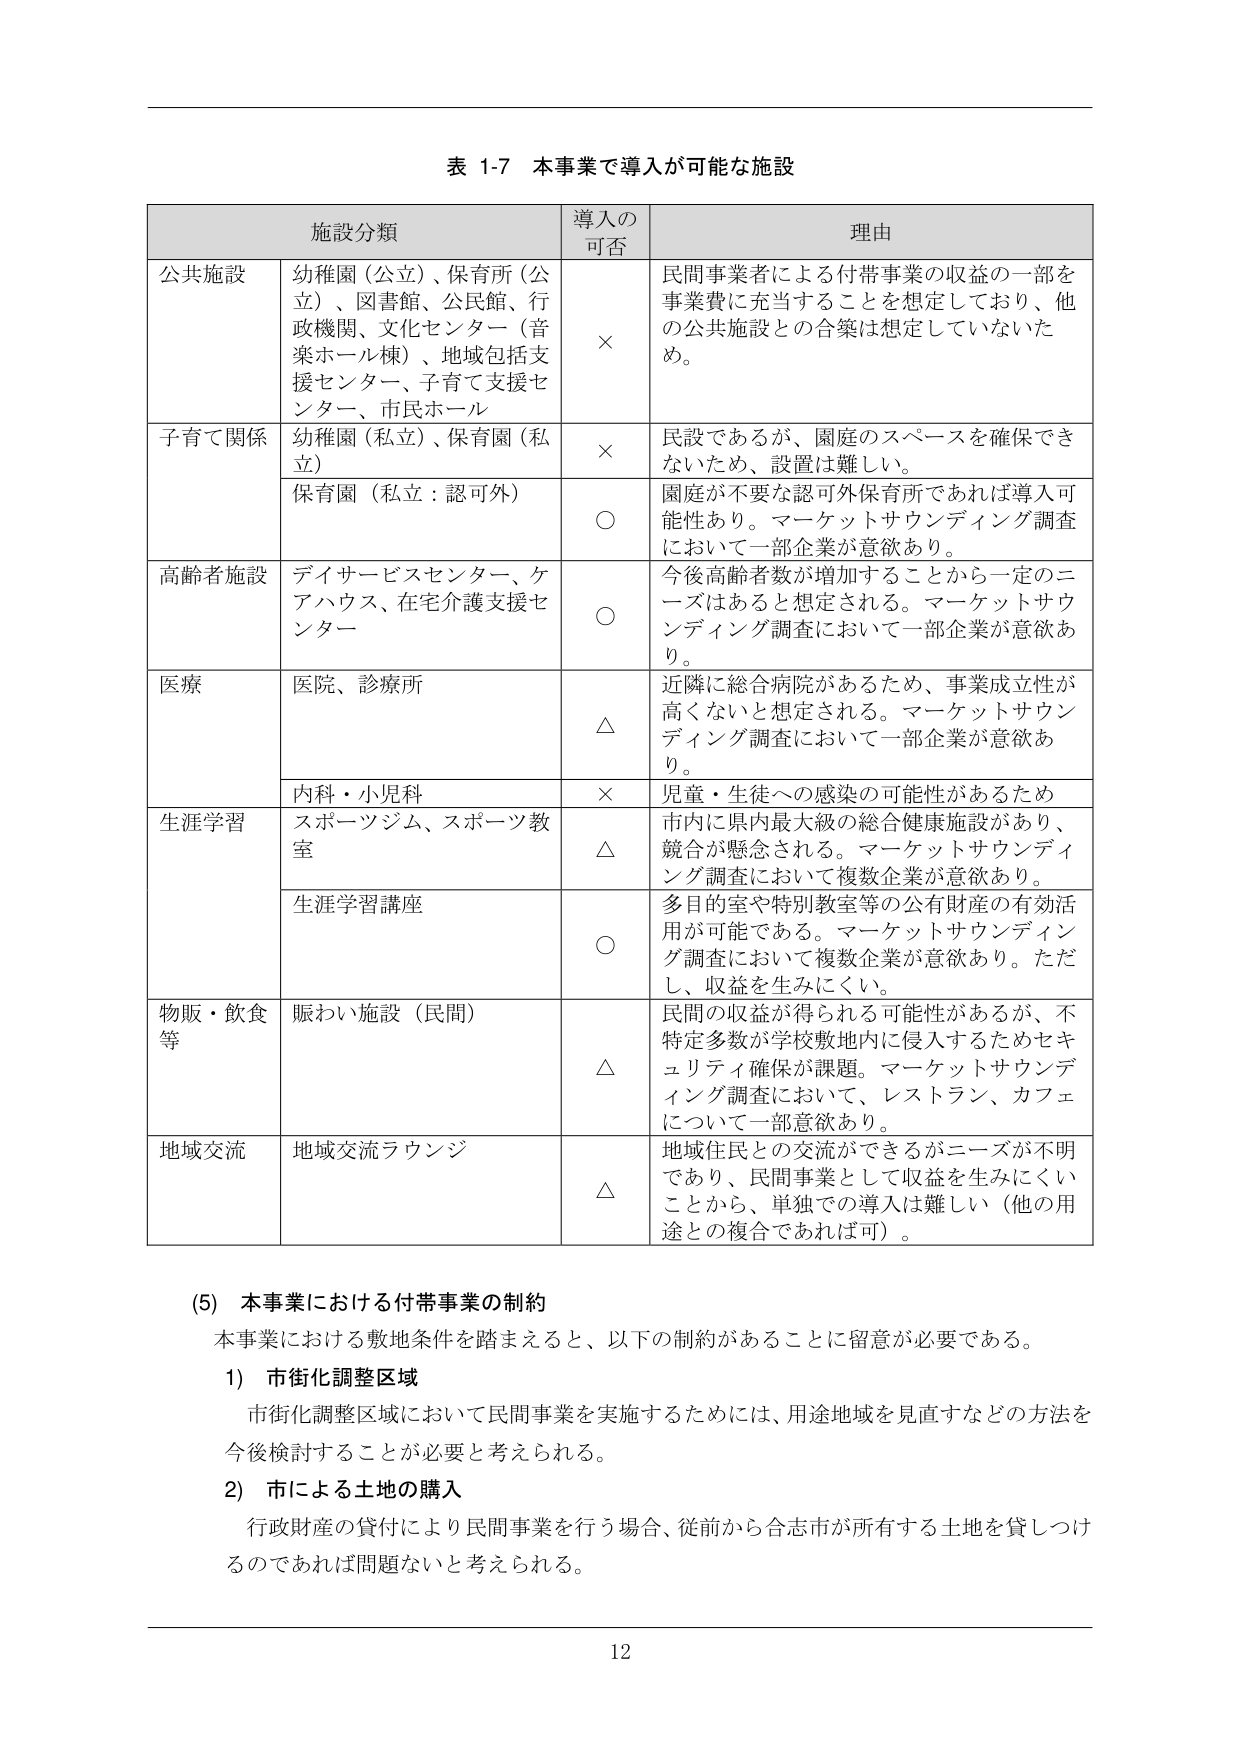
表 1-7 本事業で導入が可能な施設

施設分類	導入の可否	理由
公共施設	幼稚園（公立）、保育所（公立）、図書館、公民館、行政機関、文化センター（音楽ホール棟）、地域包括支援センター、子育て支援センター、市民ホール	×	民間事業者による付帯事業の収益の一部を事業費に充当することを想定しており、他の公共施設との合築は想定していないため。
子育て関係	幼稚園（私立）、保育園（私立）	×	民設であるが、園庭のスペースを確保できないため、設置は難しい。
	保育園（私立：認可外）	○	園庭が不要な認可外保育所であれば導入可能性あり。マーケットサウンディング調査において一部企業が意欲あり。
高齢者施設	デイサービスセンター、ケアハウス、在宅介護支援センター	○	今後高齢者数が増加することから一定のニーズはあると想定される。マーケットサウンディング調査において一部企業が意欲あり。
医療	医院、診療所	△	近隣に総合病院があるため、事業成立性が高くないと想定される。マーケットサウンディング調査において一部企業が意欲あり。
	内科・小児科	×	児童・生徒への感染の可能性があるため
生涯学習	スポーツジム、スポーツ教室	△	市内に県内最大級の総合健康施設があり、競合が懸念される。マーケットサウンディング調査において複数企業が意欲あり。
	生涯学習講座	○	多目的室や特別教室等の公有財産の有効活用が可能である。マーケットサウンディング調査において複数企業が意欲あり。ただし、収益を生みにくい。
物販・飲食等	賑わい施設（民間）	△	民間の収益が得られる可能性があるが、不特定多数が学校敷地内に侵入するためセキュリティ確保が課題。マーケットサウンディング調査において、レストラン、カフェについて一部意欲あり。
地域交流	地域交流ラウンジ	△	地域住民との交流ができるがニーズが不明であり、民間事業として収益を生みにくいことから、単独での導入は難しい（他の用途との複合であれば可）。

(5) 本事業における付帯事業の制約
本事業における敷地条件を踏まえると、以下の制約があることに留意が必要である。
1) 市街化調整区域
市街化調整区域において民間事業を実施するためには、用途地域を見直すなどの方法を今後検討することが必要と考えられる。
2) 市による土地の購入
行政財産の貸付により民間事業を行う場合、従前から合志市が所有する土地を貸しつけるのであれば問題ないと考えられる。

12